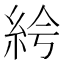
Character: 𥿐